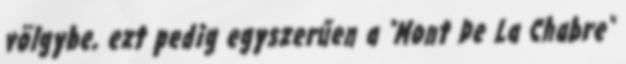
völgybe, ezt pedig egyszerűen a "Mont De La Chabre"